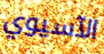
الآسيوي